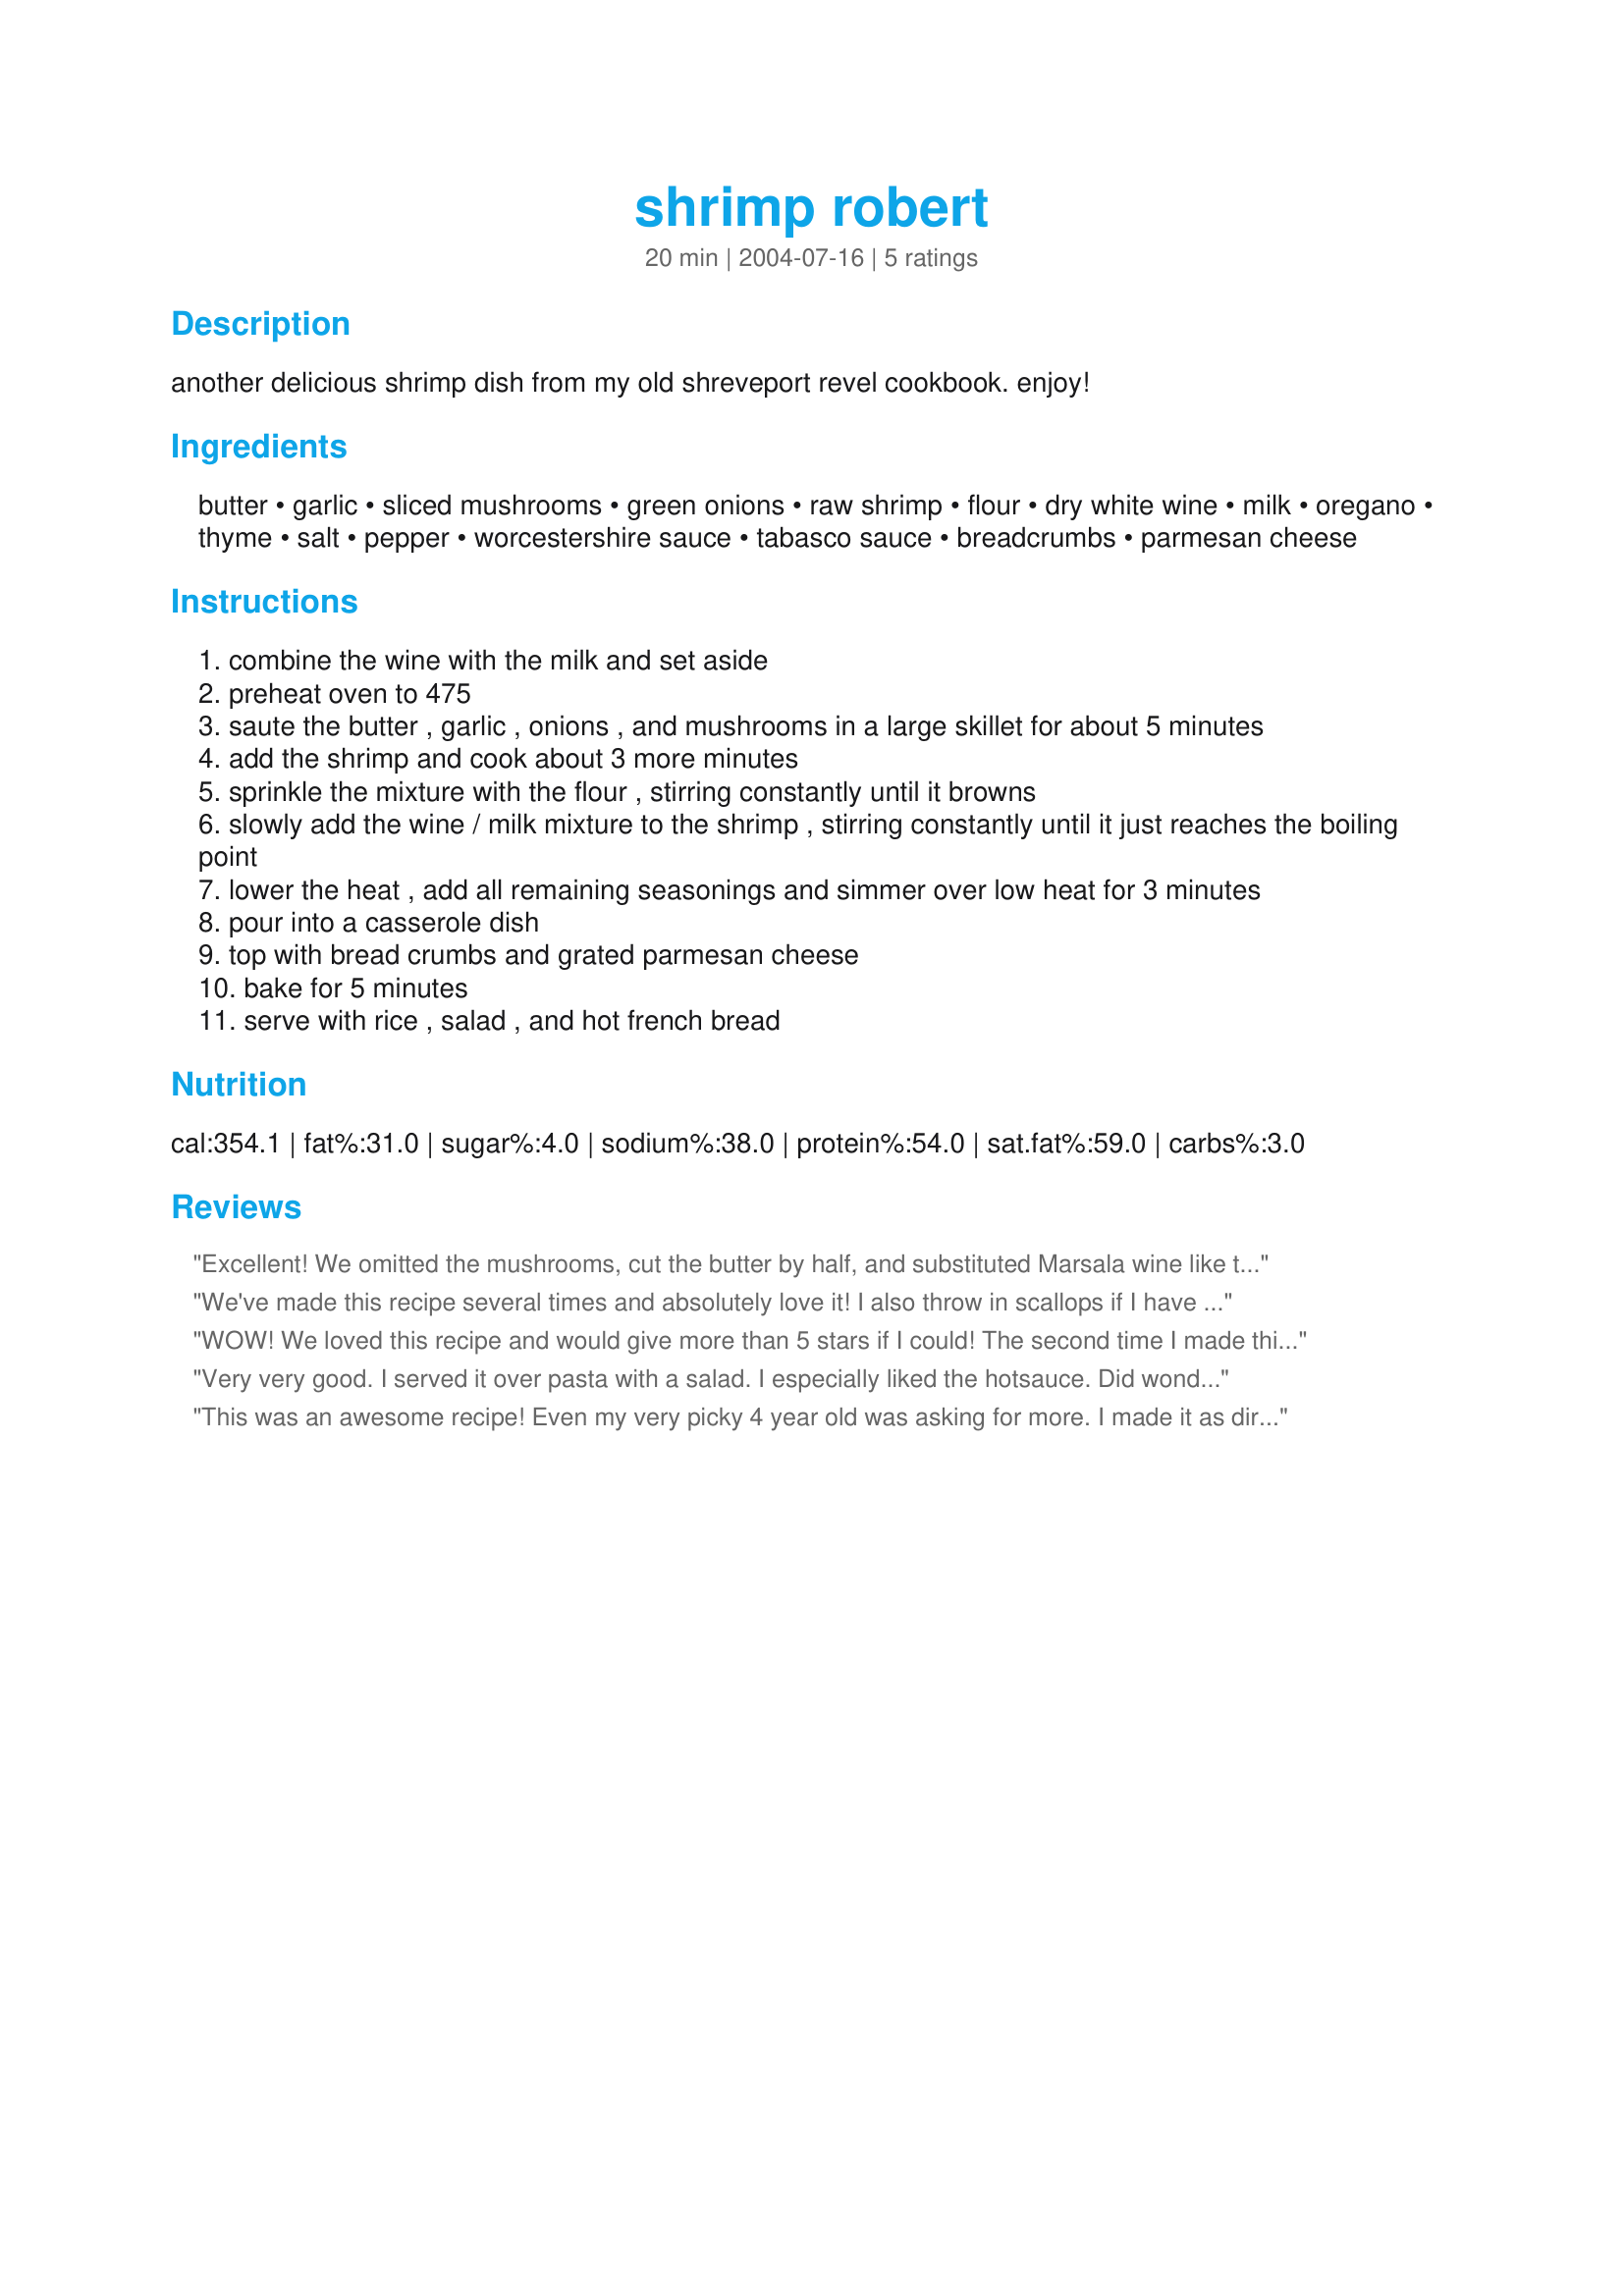
shrimp robert
Preparation time: 20 minutes

another delicious shrimp dish from my old shreveport revel cookbook. enjoy!

Ingredients:
butter, garlic, sliced mushrooms, green onions, raw shrimp, flour, dry white wine, milk, oregano, thyme, salt, pepper, worcestershire sauce, tabasco sauce, breadcrumbs, parmesan cheese

Steps:
combine the wine with the milk and set aside
preheat oven to 475
saute the butter , garlic , onions , and mushrooms in a large skillet for about 5 minutes
add the shrimp and cook about 3 more minutes
sprinkle the mixture with the flour , stirring constantly until it browns
slowly add the wine / milk mixture to the shrimp , stirring constantly until it just reaches the boiling point
lower the heat , add all remaining seasonings and simmer over low heat for 3 minutes
pour into a casserole dish
top with bread crumbs and grated parmesan cheese
bake for 5 minutes
serve with rice , salad , and hot french bread

Reviews:
Excellent! We omitted the mushrooms, cut the butter by half, and substituted Marsala wine like the previous reviewer. This dish went together quickly with easily understood instructions, and got absolute raves at the table. Flavor was fantastic. We served with rice. Thank you for a hit!
We've made this recipe several times and absolutely love it! I also throw in scallops if I have them in the house. Also stir in a touch of cornstarch to thicken it. I actually plan on making it again tomorrow night for dinner. Very yummy! Thanks for posting.
WOW! We loved this recipe and would give more than 5 stars if I could! The second time I made this I skipped the breadcrumbs and it was still great. And by the way, it doesn't make enough for 6 people, the 3 of us finished it without a problem ;-) lol. Thanks for a great recipe!
Very very good. I served it over pasta with a salad. I especially liked the hotsauce. Did wonders for the flavor. Will definately make it again Gloria
This was an awesome recipe! Even my very picky 4 year old was asking for more. I made it as directed using Marsala wine and it was pretty easy to put together. Very tasty and excellent served over rice.

This is definitely a keeper recipe in my house.
